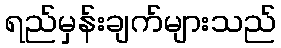
ရည်မှန်းချက်များသည်